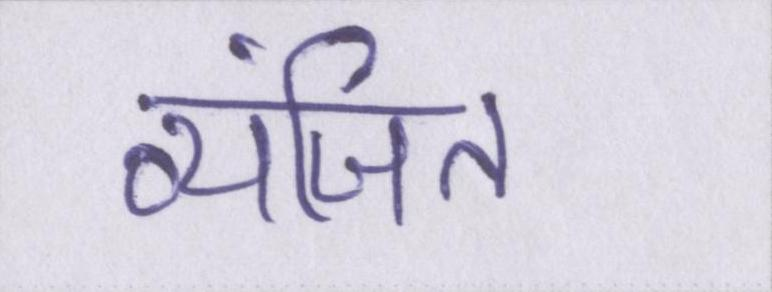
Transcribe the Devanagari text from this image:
व्यंजित